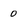
Character: 0